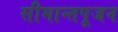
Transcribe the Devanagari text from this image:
सीमान्तपूजन